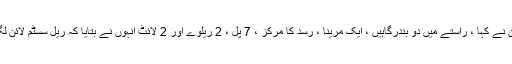
" اردگان نے کہا ، راستے میں دو بندرگاہیں ، ایک مرینا ، رسد کا مرکز ، 7 پل ، 2 ریلوے اور 2 لائٹ انہوں نے بتایا کہ ریل سسٹم لائن لگے گی۔